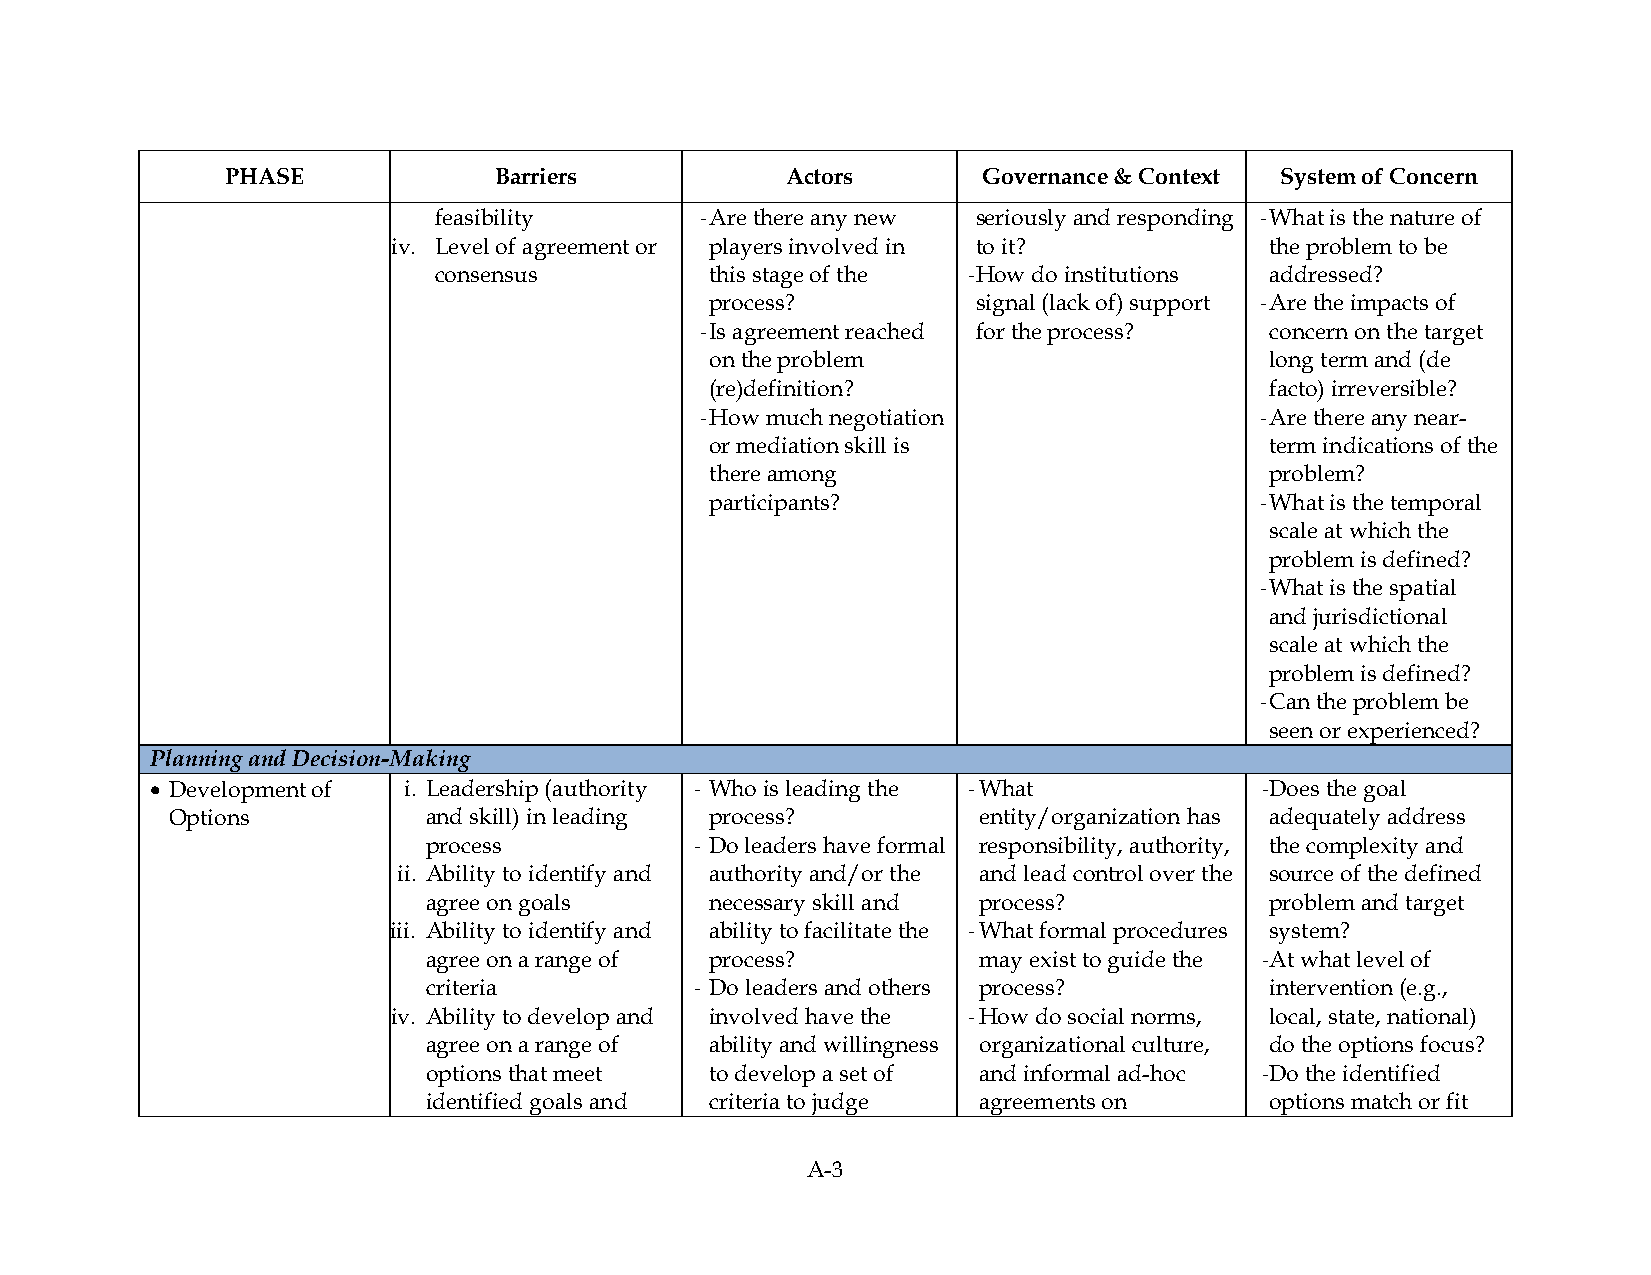
PHASE             Barriers           Actors       Governance & Context System of Concern
 feasibility      ‐ Are there any new seriously and responding ‐ What is the nature of
 iv. Level of agreement or players involved in to it?      the problem to be
 consensus         this stage of the ‐ How do institutions addressed?
 process?          signal (lack of) support ‐ Are the impacts of
 ‐ Is agreement reached for the process? concern on the target
 on the problem                       long term and (de
 (re)definition?                      facto) irreversible?
 ‐ How much negotiation               ‐ Are there any near-
 or mediation skill is                term indications of the
 there among                          problem?
 participants?                       ‐ What is the temporal
 scale at which the
 problem is defined?
 ‐ What is the spatial
 and jurisdictional
 scale at which the
 problem is defined?
 ‐ Can the problem be
 seen or experienced?
 Planning and Decision-Making
 • Development of i. Leadership (authority ‐ Who is leading the ‐ What    ‐ Does the goal
 Options          and skill) in leading process?       entity/organization has adequately address
 process           ‐ Do leaders have formal responsibility, authority, the complexity and
 ii. Ability to identify and authority and/or the and lead control over the source of the defined
 agree on goals     necessary skill and process?         problem and target
 iii. Ability to identify and ability to facilitate the ‐ What formal procedures system?
 agree on a range of process?         may exist to guide the ‐ At what level of
 criteria          ‐ Do leaders and others process?      intervention (e.g.,
 iv. Ability to develop and involved have the ‐ How do social norms, local, state, national)
 agree on a range of ability and willingness organizational culture, do the options focus?
 options that meet  to develop a set of and informal ad-hoc ‐ Do the identified
 identified goals and criteria to judge agreements on    options match or fit
 A-3